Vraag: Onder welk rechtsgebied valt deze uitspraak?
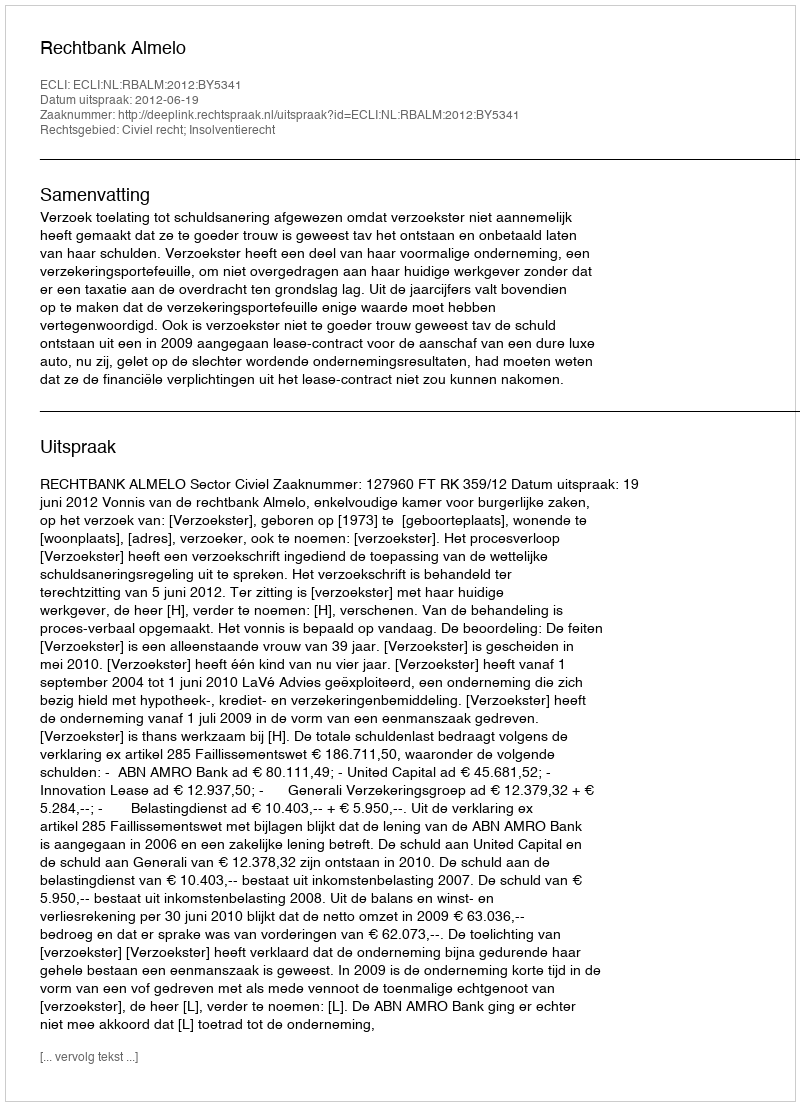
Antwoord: Civiel recht; Insolventierecht